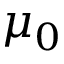
\mu _ { 0 }